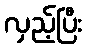
လှည့်ပြီး